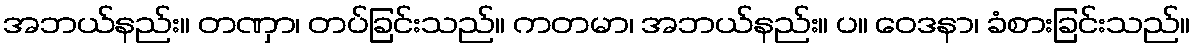
အဘယ်နည်း။ တဏှာ၊ တပ်ခြင်းသည်။ ကတမာ၊ အဘယ်နည်း။ ပ။ ဝေဒနာ၊ ခံစားခြင်းသည်။